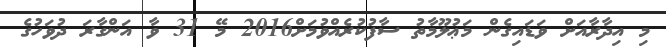
މި އިދާރާއަށް ވަޑައިގެން މަޢުލޫމާތު ސާފުކުރެއްވުމަށް2016 މޭ 31 ވާ އަންގާރަ ދުވަހުގެ